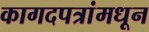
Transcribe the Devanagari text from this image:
कागदपत्रांमधून